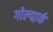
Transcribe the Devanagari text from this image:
गोल्द्मार्क